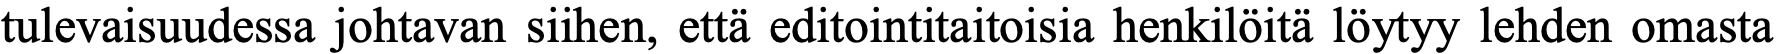
tulevaisuudessa johtavan siihen, että editointitaitoisia henkilöitä löytyy lehden omasta